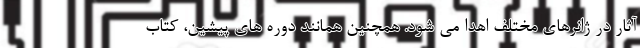
آثار در ژانرهای مختلف اهدا می شود. همچنین همانند دوره های پیشین، کتاب